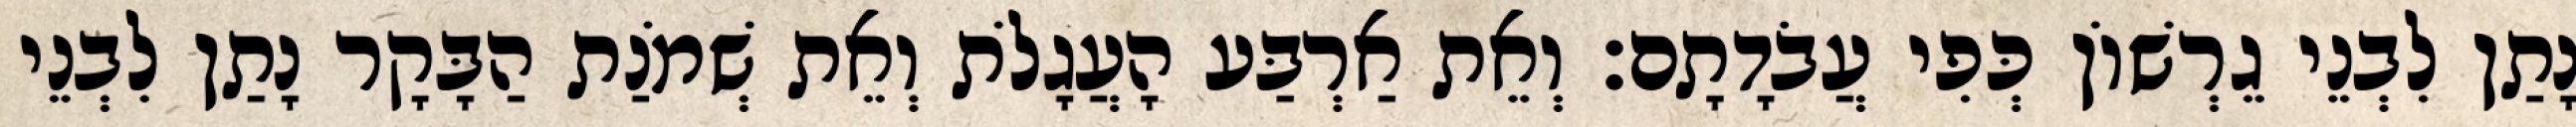
נָתַן לִבְנֵי גֵרְשׁוֹן כְּפִי עֲבֹדָתָם׃ וְאֵת אַרְבַּע הָעֲגָלֹת וְאֵת שְׁמֹנַת הַבָּקָר נָתַן לִבְנֵי